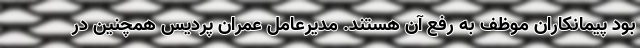
بود پیمانکاران موظف به رفع آن هستند. مدیرعامل عمران پردیس همچنین در